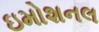
ઇમોશનલ